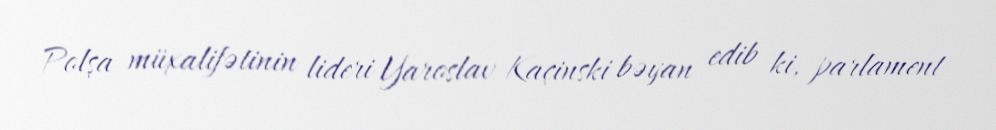
Polşa müxalifətinin lideri Yaroslav Kaçinski bəyan edib ki, parlament